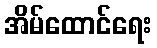
အိမ်ထောင်ရေး